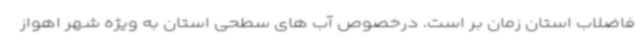
فاضلاب استان زمان بر است. درخصوص آب های سطحی استان به ویژه شهر اهواز